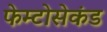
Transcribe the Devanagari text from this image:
फेम्टोसेकंड